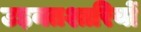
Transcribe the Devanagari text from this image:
उड़नतश्तरियों